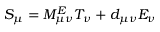
S _ { \mu } = M _ { \mu \nu } ^ { E } T _ { \nu } + d _ { \mu \nu } E _ { \nu }